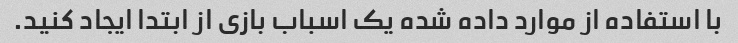
با استفاده از موارد داده شده یک اسباب بازی از ابتدا ایجاد کنید.